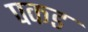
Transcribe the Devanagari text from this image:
पकड